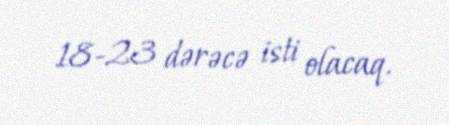
18-23 dərəcə isti olacaq.